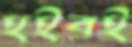
হইবই